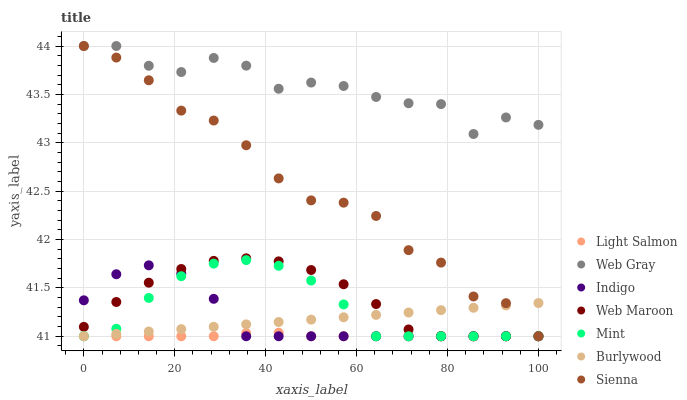
| xaxis_label | Light Salmon | Web Gray | Indigo | Web Maroon | Mint | Burlywood | Sienna |
 | --- | --- | --- | --- | --- | --- | --- | --- |
 | 0 | 41 | 44 | 41.4 | 41.1 | 41 | 41 | 44 |
 | 7.14 | 41 | 44 | 41.6 | 41.4 | 41.1 | 41 | 43.9 |
 | 14.3 | 41 | 43.8 | 41.7 | 41.6 | 41.4 | 41 | 43.6 |
 | 21.4 | 41 | 43.7 | 41.6 | 41.7 | 41.6 | 41.1 | 43.3 |
 | 28.6 | 41 | 43.9 | 41.4 | 41.8 | 41.8 | 41.1 | 43.2 |
 | 35.7 | 41 | 43.8 | 41 | 41.8 | 41.8 | 41.1 | 43 |
 | 42.9 | 41 | 43.6 | 41 | 41.8 | 41.7 | 41.1 | 42.6 |
 | 50 | 41 | 43.6 | 41 | 41.7 | 41.6 | 41.2 | 42.4 |
 | 57.1 | 41 | 43.6 | 41 | 41.5 | 41.3 | 41.2 | 42.4 |
 | 64.3 | 41 | 43.5 | 41 | 41.3 | 41 | 41.2 | 42.2 |
 | 71.4 | 41 | 43.4 | 41 | 41.1 | 41 | 41.2 | 41.9 |
 | 78.6 | 41 | 43.4 | 41 | 41 | 41 | 41.3 | 41.8 |
 | 85.7 | 41 | 43.1 | 41 | 41 | 41 | 41.3 | 41.4 |
 | 92.9 | 41 | 43.3 | 41 | 41 | 41 | 41.3 | 41.3 |
 | 100 | 41 | 43.2 | 41 | 41 | 41 | 41.3 | 41 |